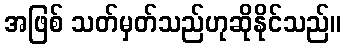
အဖြစ် သတ်မှတ်သည်ဟုဆိုနိုင်သည်။